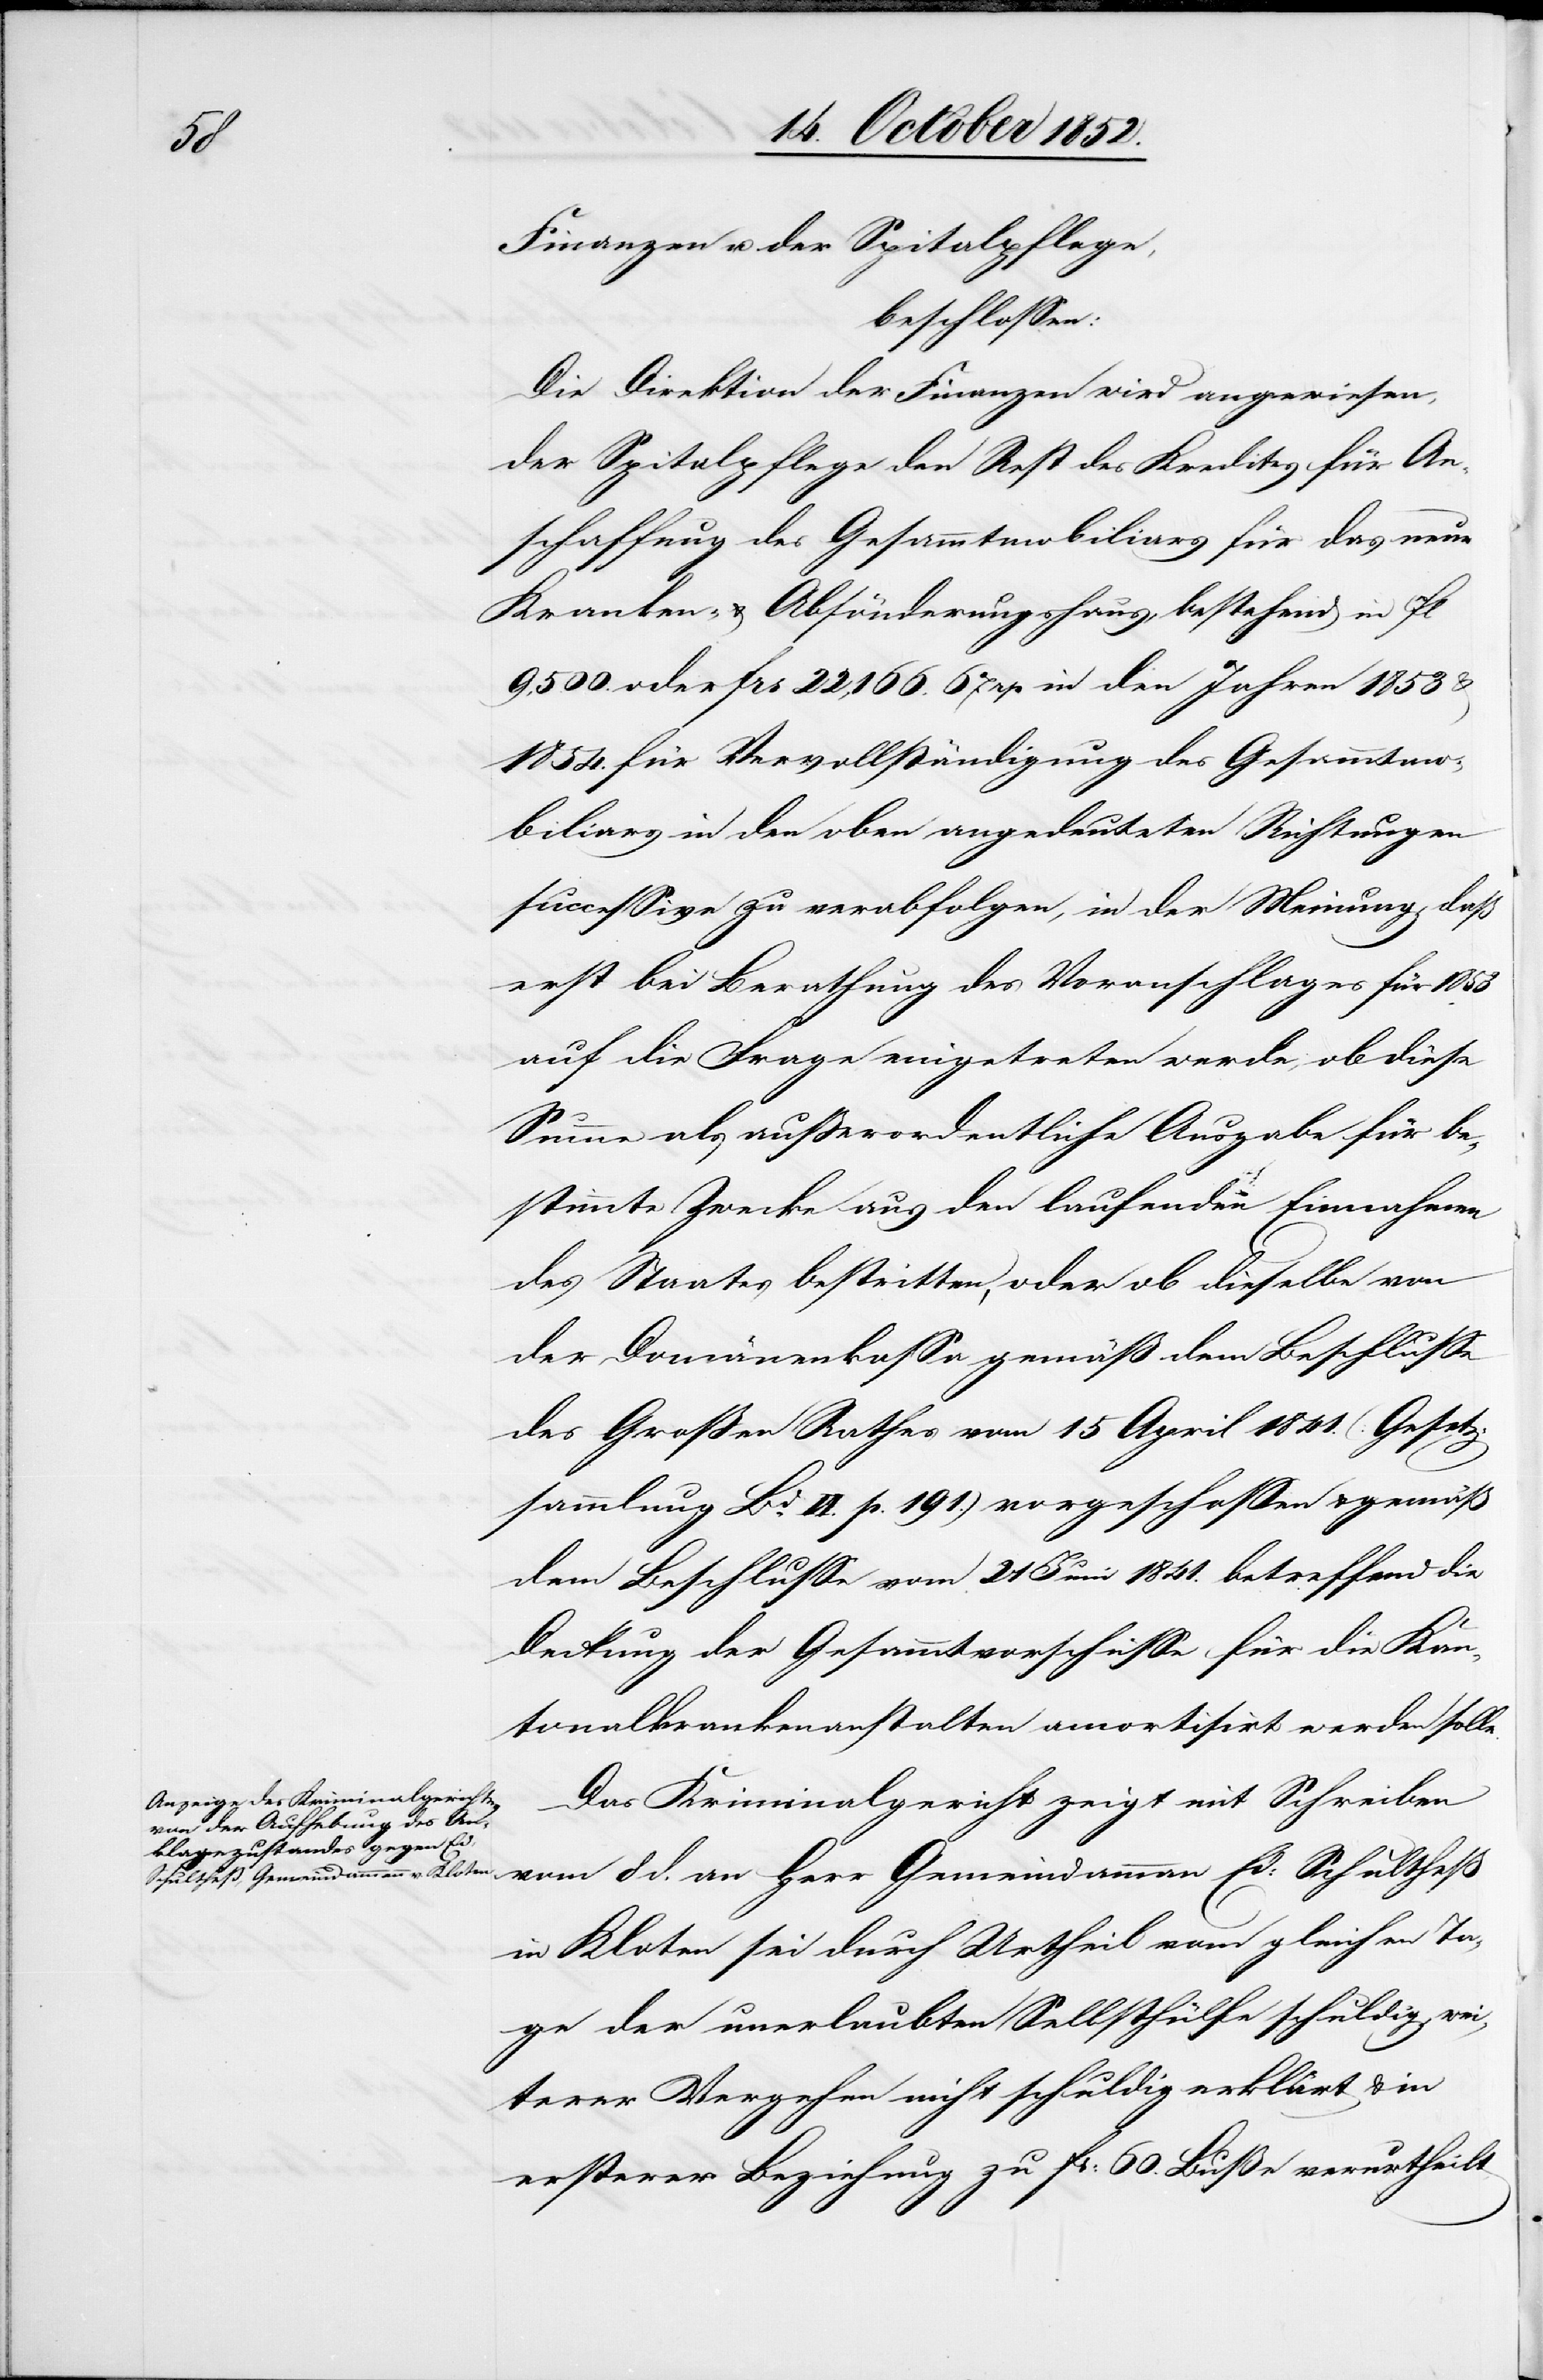
d.

Finanzen u. der Spitalpflege,
beschlossen:
Die Direktion der Finanzen wird angewiesen,
der Spitalpflege den Rest des Kredites für An¬
schaffung des Gesammtmobiliars für das neue
Kranken- & Absönderungshaus, bestehend in 10fl
9,500. oder Frs 22,166. 67. rp in den Jahren 1853
1854. für Vervollständigung des Gesammtmo¬
biliars in den oben angedeuteten Richtungen
successive zu verabfolgen, in der Meinung, daß
erst bei Berathung des Voranschlages für 1853
auf die Frage eingetreten werde, ob diese
Summe als außerordentliche Ausgabe für be¬
stimmte Zwecke aus den laufenden Einnahmen
des Staates bestritten, oder ob dieselbe von
der Domänenkassa gemäß dem Beschlusse
des Großen Rathes vom 15 April 1841. (Gesetz¬
sammlung Bd. VI. p. 191.) vorgeschossen & gemäß
dem Beschlusse vom 21 Juni 1841. betreffend die
Deckung der Gesammtvorschüsse für die Kan¬
tonalkrankenanstalten amortisirt werden solle.
Das Kriminalgericht zeigt mit Schreiben
in Kloten sei durch Urtheil vom gleichen Ta¬
ge der unerlaubten Selbsthülfe schuldig, wei¬
terer Vergehen nicht schuldig erklärt & in
ersterer Beziehung zu Fr: 60. Buße verurtheilt